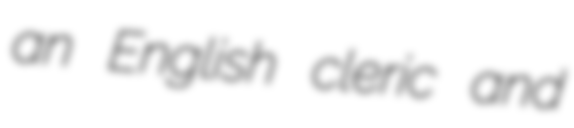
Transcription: an English cleric and